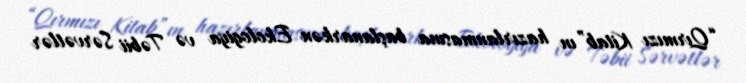
“Qırmızı Kitab”ın hazırlanmasına başlanarkən Ekologiya və Təbii Sərvətlər